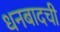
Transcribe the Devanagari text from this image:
धनबादची